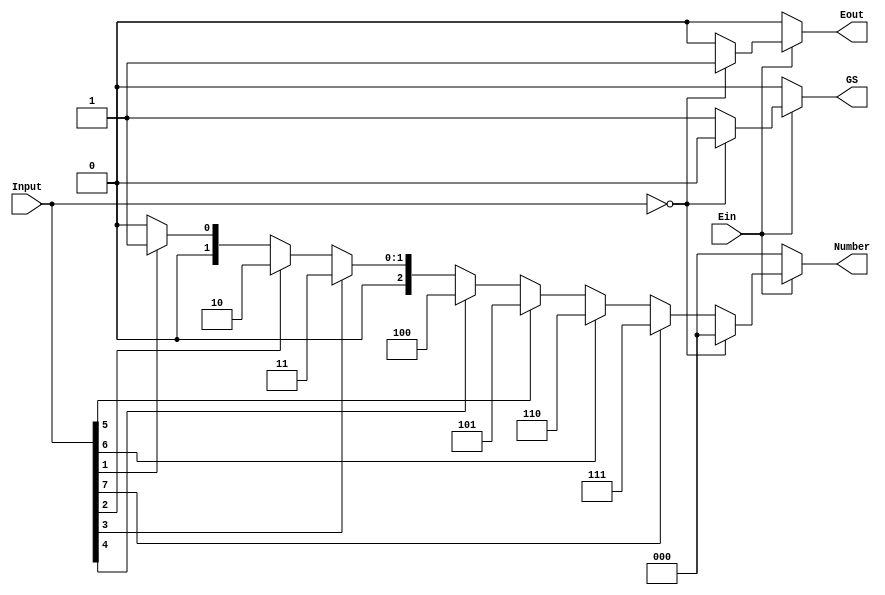
module Problem2(
    input [7:0] Input,
    input Ein,
    output reg Eout,
    output reg GS,
    output reg [2:0] Number
    );
    
    always @ (Input, Ein)
    begin
        if (Ein == 0)		// Everything turned off 
            begin
            Eout = 0;
            GS = 0;
            Number = 3'b000;
            end
        else
            begin
            if (Input == 8'b00000000)	// Ein = 1 and every input line at 0 
                begin
                GS = 0;
                Eout = 1;
                Number = 3'b000;
                end
            else
                begin
                    GS = 1;
                    Eout = 0;			// Group Signal on if code reaches this point 
                    if (Input[7] == 1)	// Priority is accomplished by order of if statements 
                        Number = 3'b111;
                    else if (Input[6] == 1)
                        Number = 3'b110;
                    else if (Input[5] == 1)
                        Number = 3'b101;
                    else if (Input[4] == 1)
                        Number = 3'b100;
                    else if (Input[3] == 1)
                        Number = 3'b011;
                    else if (Input[2] == 1)
                        Number = 3'b010;
                    else if (Input[1] == 1)
                        Number = 3'b001;
                    else
                        Number = 3'b000;
                end
            end
    end
endmodule